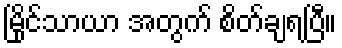
မြိုင်သာယာ အတွက် စိတ်ချရပြီ။